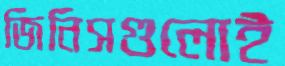
জিনিসগুলোই